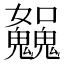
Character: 𩴿